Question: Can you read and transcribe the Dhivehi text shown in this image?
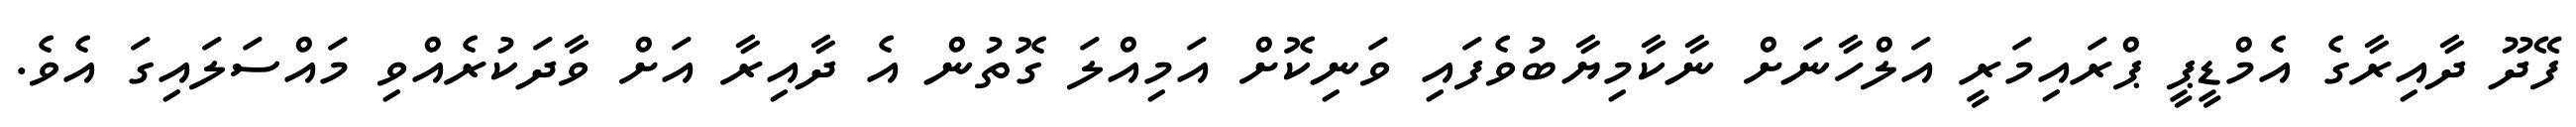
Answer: ފޭދޫ ދާއިރާގެ އެމްޑީޕީ ޕްރައިމަރީ އަލްހާނަށް ނާކާމިޔާބުވެފައި ވަނިކޮށް އަމިއްލަ ގޮތުން އެ ދާއިރާ އަށް ވާދަކުރެއްވި މައްސަލައިގަ އެވެ.